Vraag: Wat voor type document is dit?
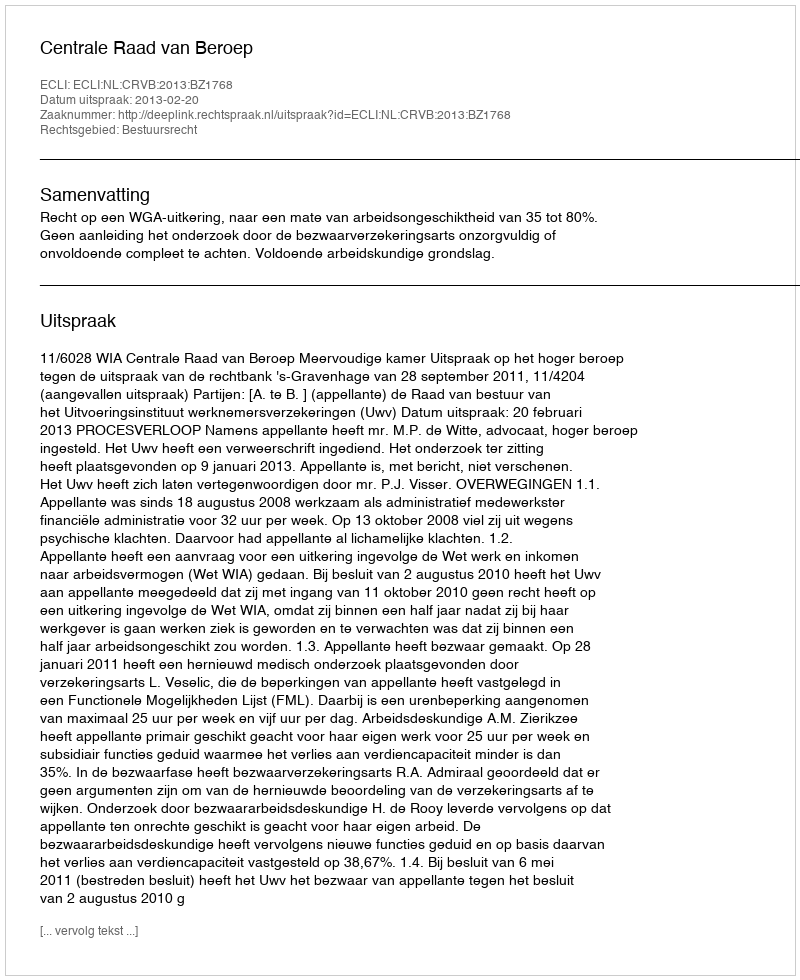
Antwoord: Uitspraak